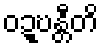
ဝဍ္ဎန္တီတိ